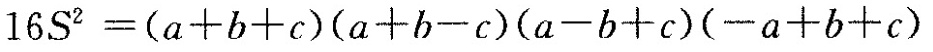
$$1 6 S ^ { 2 } = ( a + b + c ) ( a + b - c ) ( a - b + c ) ( -a + b + c )